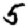
Digit: 5